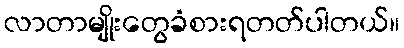
လာတာမျိုးတွေခံစားရတတ်ပါတယ်။